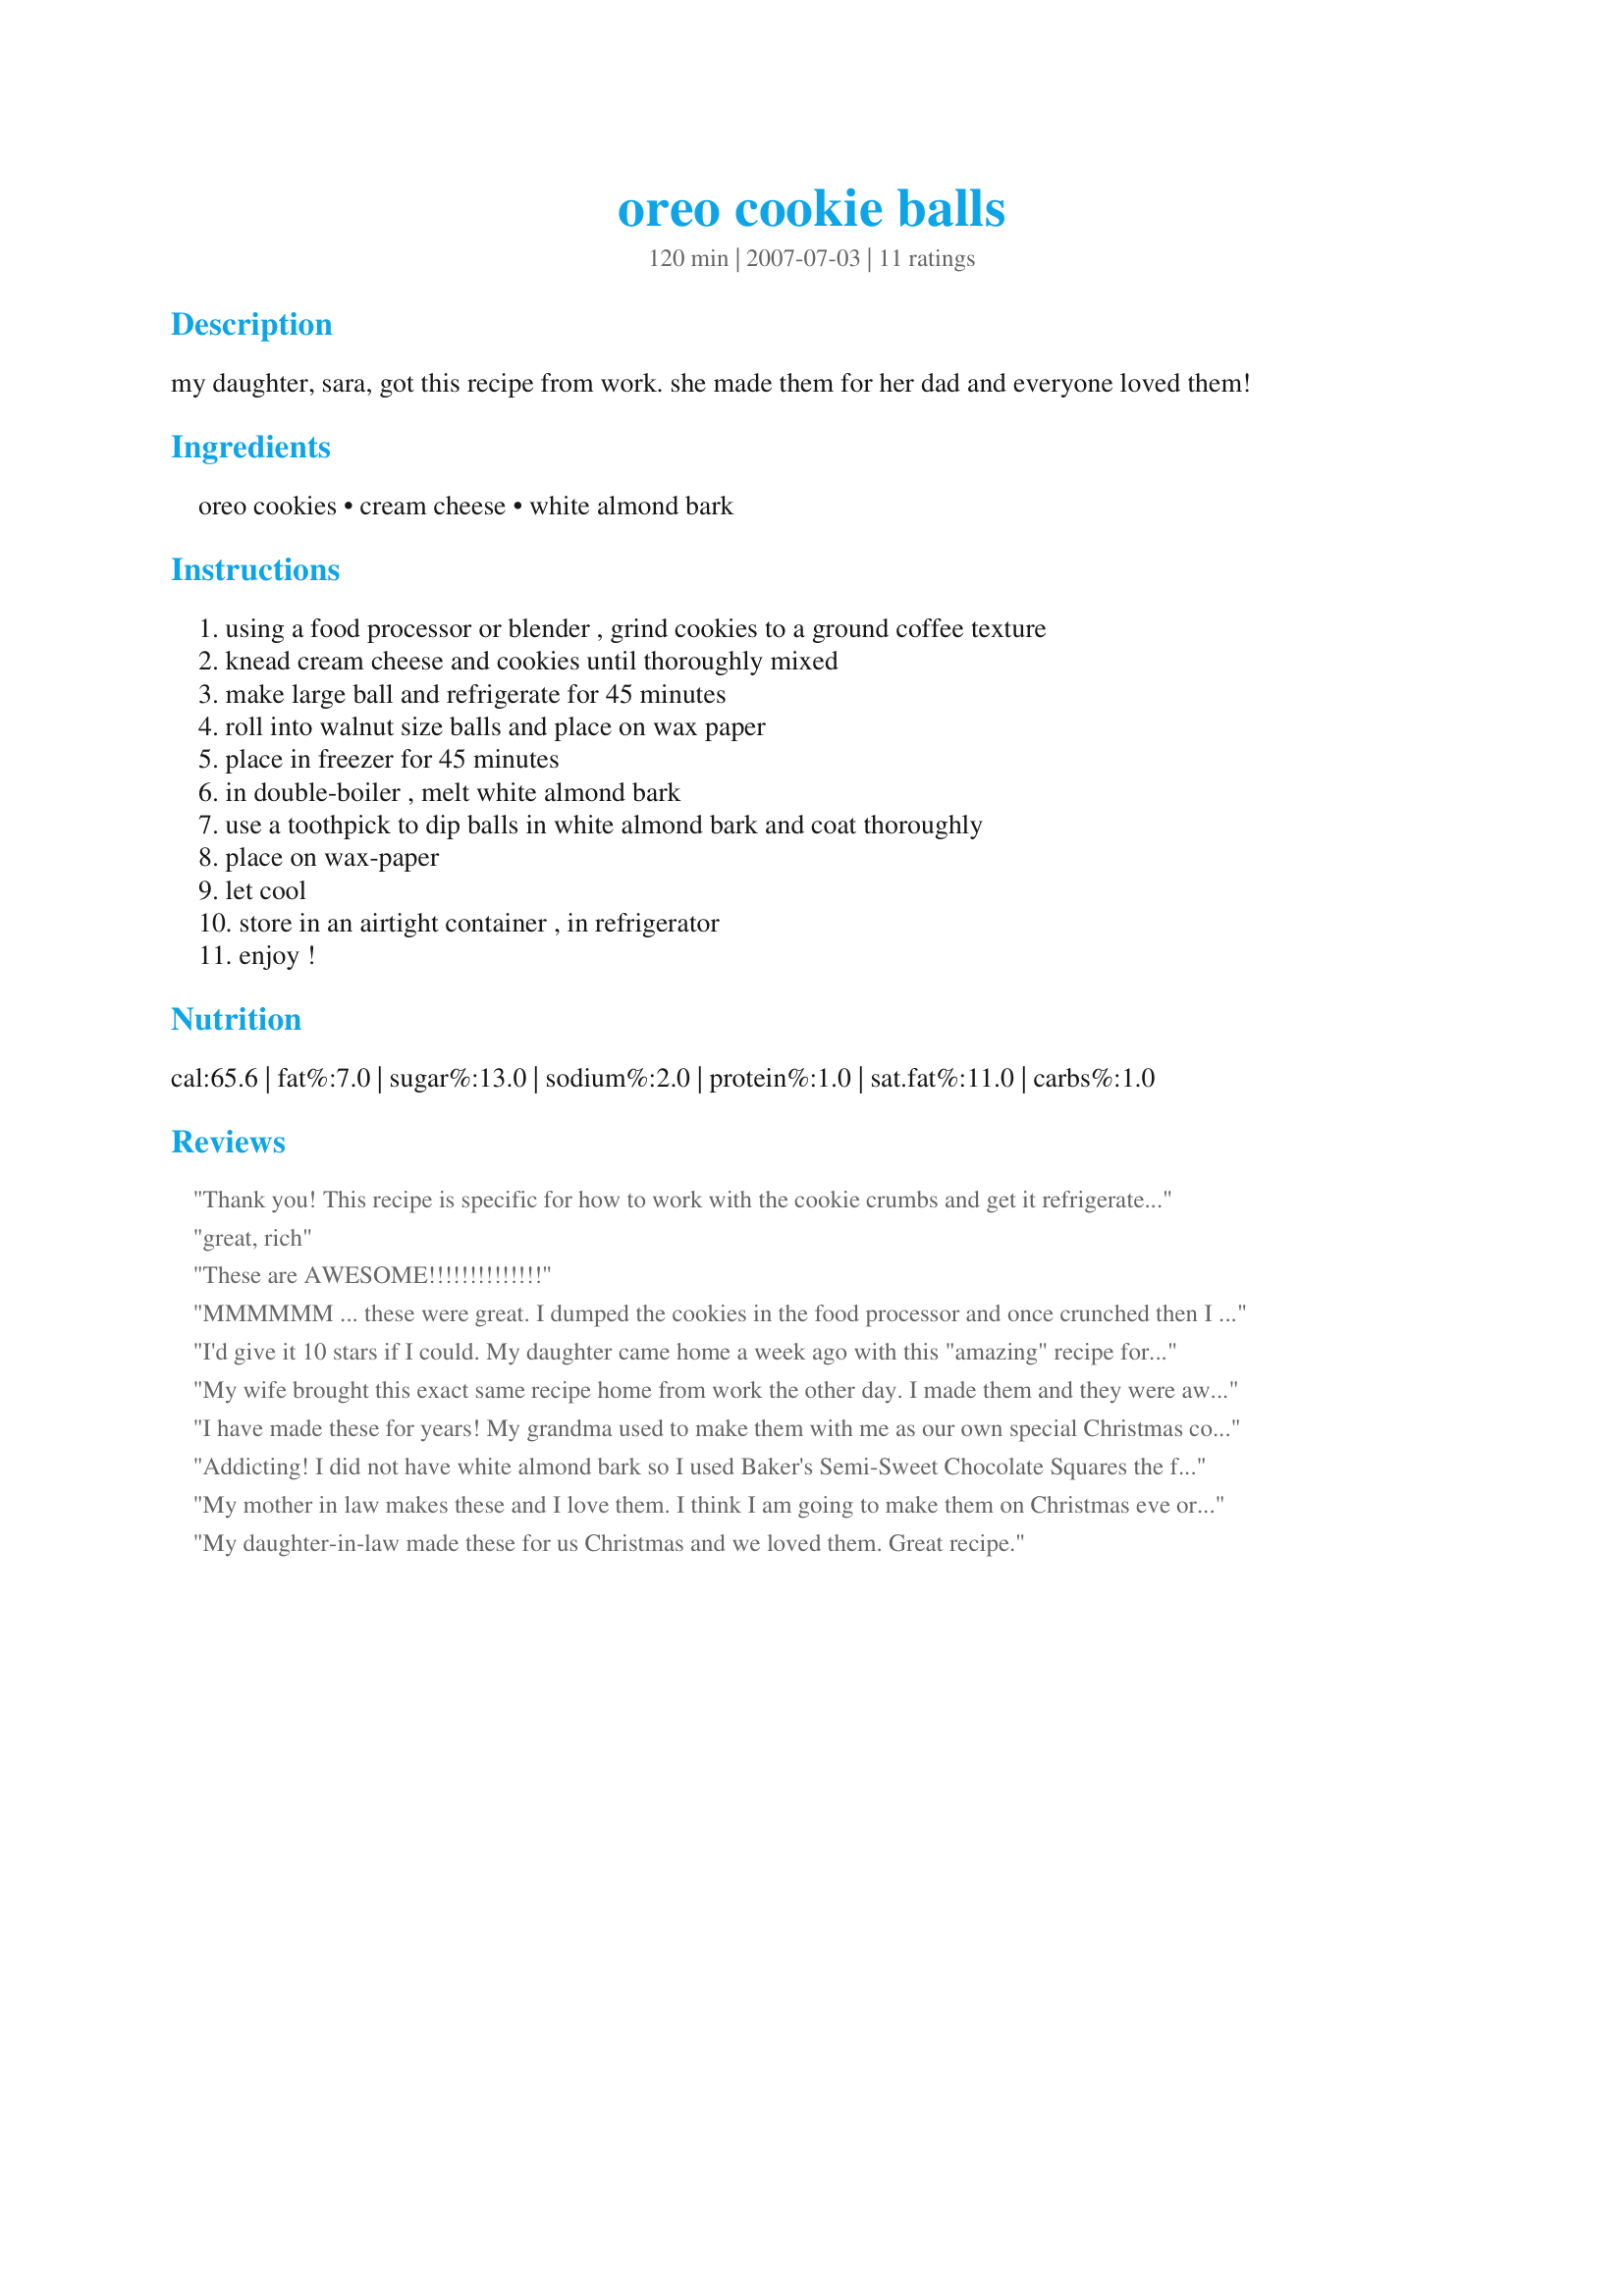
oreo cookie balls
Preparation time: 120 minutes

my daughter, sara, got this recipe from work. she made them for her dad and everyone loved them!

Ingredients:
oreo cookies, cream cheese, white almond bark

Steps:
using a food processor or blender , grind cookies to a ground coffee texture, knead cream cheese and cookies until thoroughly mixed, make large ball and refrigerate for 45 minutes, roll into walnut size balls and place on wax paper, place in freezer for 45 minutes, in double-boiler , melt white almond bark, use a toothpick to dip balls in white almond bark and coat thoroughly, place on wax-paper, let cool, store in an airtight container , in refrigerator, enjoy !

Reviews:
Thank you! This recipe is specific for how to work with the cookie crumbs and get it refrigerated in the right steps for easy working than others I've seen. Scrumptious.
great, rich
These are AWESOME!!!!!!!!!!!!!!
MMMMMM ... these were great. I dumped the cookies in the food processor and once crunched then I dumped in the cream cheese and let the food processor mix it all up. It worked like a charm. I made the balls a bit smaller as I was gearing this recipe towards children. That is until I tasted one - so good. They taste kind of like cookie dough but better. The only changes I made were to use mint oreos and low fat cream cheese. Thanks
I'd give it 10 stars if I could. My daughter came home a week ago with this "amazing" recipe for Oreo balls and it took her hours and hours. Her recipe was same as yours, but you had to take apart the cookies and scrape out the "double stuff" then mix that with cream cheese. Crush the cookie part and then add to cheese mixture...etc etc..very time consuming and as much as I loved them I refused to spend hours preparing them. I came across your recipe today and my son and I just made a double batch in half the time of hers and they tasted even better!..LOL..thanks for an easier version...Food Processors rock! 
Italianmomof2
My wife brought this exact same recipe home from work the other day. I made them and they were awesome
I have made these for years! My grandma used to make them with me as our own special Christmas cookies. We would also use mint oreos because they are my favorite. :)
Addicting! I did not have white almond bark so I used Baker's Semi-Sweet Chocolate Squares the first time I made them. The second time I made them I did not have Oreo cookies, so I substituted Do-Si-Dos (2 boxes 1 sleeve) from the Girl Scouts. The peanut butter and chocolate combo was great.
My mother in law makes these and I love them. I think I am going to make them on Christmas eve or Christmas day this year for my son who absolutely LOVES these!!!
My daughter-in-law made these for us Christmas and we loved them. Great recipe.
So fantastic! I made 3/4 recipe (did not have quite enough cookies for a full batch) and got 21 balls. Instead of Oreos I used a "healthier" version of Oreos called WhoNu (they have extra vitamins & fiber) and used Neufchatel cheese. Could not find almond bark so used Ghirardelli white baking chocolate. The first 8-10 looked really nice but little bits of the cookie started to muck up the chocolate and the rest started to get lumpier and lumpier. They still taste awesome though! I had a little extra chocolate once done so I spread it thin on wax paper and added some dried cherries for a white chocolate bark. Thanks for the recipe Darla!
